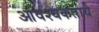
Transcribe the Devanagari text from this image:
आवश्यकताये